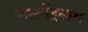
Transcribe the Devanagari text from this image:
मस्त्येंद्रनाथ